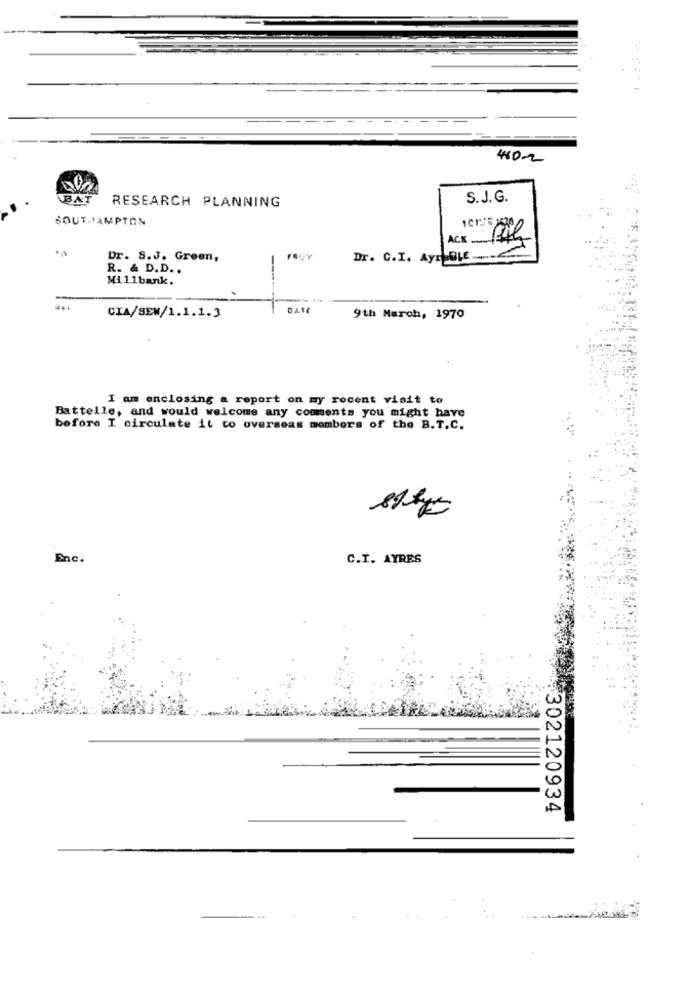
480-2
BAT
S.J. G.
RESEARCH PLANNING
SOUTHAMPTON
Dr. S.J. Green,
Dr. C.I. AyrıBLE
R. & D.D ..
Millbank.
DATE
CIA/SEW/1.1.1.3
9th March, 1970
I am enclosing a report on my recent visit to
Battelle, and would welcome any comments you might have
before I circulate it to overseas members of the B.T.C.
Ene.
C.I. AYRES
302120934